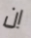
ان